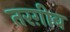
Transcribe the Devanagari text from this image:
तरग़ीब